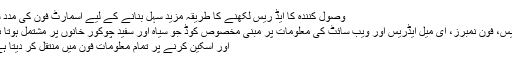
وصول کنندہ کا ایڈ ریس لکھنے کا طریقہ مزید سہل بنانے کے لیے اسمارٹ فون کی مدد سے
ایڈریس، فون نمبرز، ای میل ایڈریس اور ویب سائٹ کی معلومات پر مبنی مخصوص کوڈ جو سیاہ اور سفید چوکور خانوں پر مشتمل ہوتا ہے)
اور اسکین کرنے پر تمام معلومات فون میں منتقل کر دیتا ہے )۔